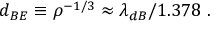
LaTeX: d _ { B E } \equiv \rho ^ { - 1 / 3 } \approx \lambda _ { d B } / 1 . 3 7 8 \ .